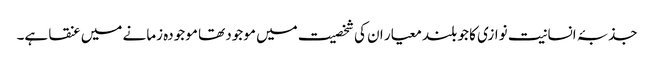
جذبۂ انسانیت نوازی کا جو بلند معیار ان کی شخصیت میں موجود تھا موجودہ زمانے میں عنقا ہے۔